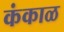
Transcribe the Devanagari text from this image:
कंकाळ